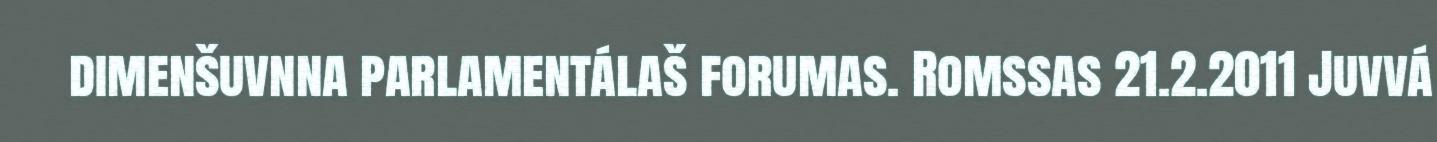
dimenšuvnna parlamentálaš forumas. Romssas 21.2.2011 Juvvá